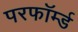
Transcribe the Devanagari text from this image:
परफॉर्म्ड